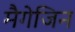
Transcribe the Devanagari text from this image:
मैगेजिन